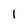
Character: 1